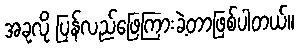
အခုလို ပြန်လည်ဖြေကြားခဲ့တာဖြစ်ပါတယ်။